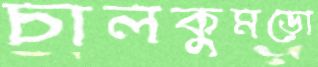
চালকুমড়ো